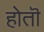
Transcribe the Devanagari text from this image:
होतॊ